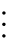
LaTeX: \vdots